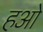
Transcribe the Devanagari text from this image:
हओ